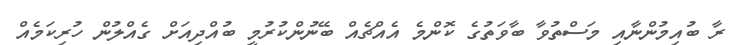
ރާ ބުއިމުންނާއި މަސްތުވާ ބާވަތުގެ ކޮންމެ އެއްޗެއް ބޭނުންކުރުމީ ބުއްދިއަށް ގެއްލުން ހުރިކަމެއް